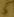
Text: 5